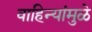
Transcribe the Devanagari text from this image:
वाहिन्यांमुळे